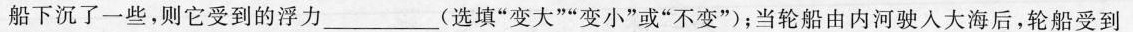
船下沉了一些，则它受到的浮力___(选填“变大”“变小”或“不变”)；当轮船由内河驶入大海后，轮船受到